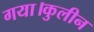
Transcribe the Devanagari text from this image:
गया।कुलीन